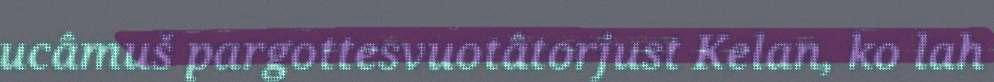
ucâmuš pargottesvuotâtorjust Kelan, ko lah